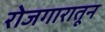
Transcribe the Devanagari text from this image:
रोजगारातून